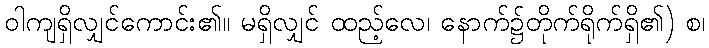
ဝါကျရှိလျှင်ကောင်း၏။ မရှိလျှင် ထည့်လေ၊ နောက်၌တိုက်ရိုက်ရှိ၏) စ၊